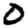
Digit: 0